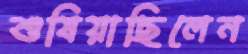
শুষিয়াছিলেন